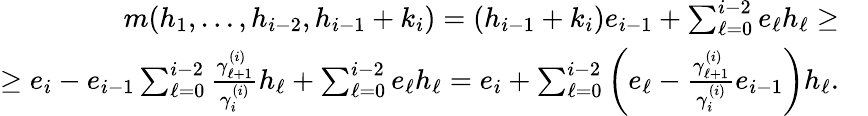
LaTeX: \begin{array}{rl}{m(h_{1},\ldots,h_{i-2},h_{i-1}+k_{i})=(h_{i-1}+k_{i})e_{i-1}+\sum_{\ell=0}^{i-2}e_{\ell}h_{\ell}\geq}&{}\\ {\geq e_{i}-e_{i-1}\sum_{\ell=0}^{i-2}\frac{\gamma_{\ell+1}^{(i)}}{\gamma_{i}^{(i)}}h_{\ell}+\sum_{\ell=0}^{i-2}e_{\ell}h_{\ell}=e_{i}+\sum_{\ell=0}^{i-2}\left(e_{\ell}-\frac{\gamma_{\ell+1}^{(i)}}{\gamma_{i}^{(i)}}e_{i-1}\right)h_{\ell}.}&{}\end{array}